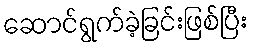
ဆောင်ရွက်ခဲ့ခြင်းဖြစ်ပြီး